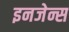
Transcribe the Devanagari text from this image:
इनजेन्स